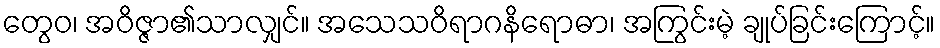
တွေဝ၊ အဝိဇ္ဇာ၏သာလျှင်။ အသေသဝိရာဂနိရောဓာ၊ အကြွင်းမဲ့ ချုပ်ခြင်းကြောင့်။